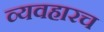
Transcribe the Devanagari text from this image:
व्यवहारच